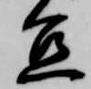
宜